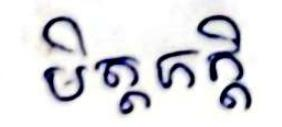
មិត្តភក្ដិ